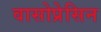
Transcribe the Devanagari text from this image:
वासोप्रेसिन